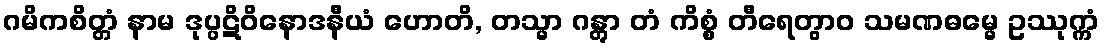
ဂမိကစိတ္တံ နာမ ဒုပ္ပဋိဝိနောဒနီယံ ဟောတိ, တသ္မာ ဂန္တွာ တံ ကိစ္စံ တီရေတွာဝ သမဏဓမ္မေ ဥဿုက္ကံ